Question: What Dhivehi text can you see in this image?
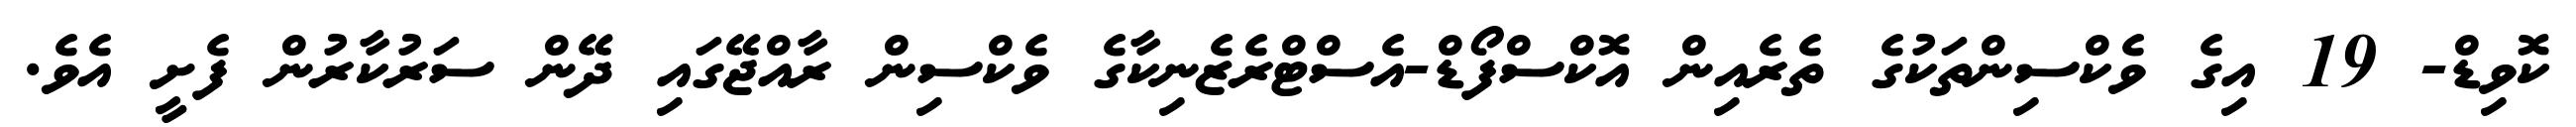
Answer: ކޮވިޑް- 19 އިގެ ވެކްސިންތަކުގެ ތެރެއިން އޮކްސްފޯޑް-އެސްޓްރެޒެނިކާގެ ވެކްސިން ރާއްޖޭގައި ދޭން ސަރުކާރުން ފެށީ އެވެ.